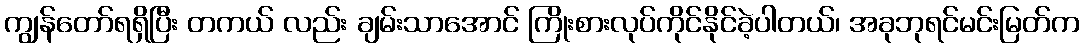
ကျွန်တော်ရရှိပြီး တကယ် လည်း ချမ်းသာအောင် ကြိုးစားလုပ်ကိုင်နိုင်ခဲ့ပါတယ်၊ အခုဘုရင်မင်းမြတ်က